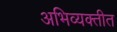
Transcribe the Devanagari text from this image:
अभिव्यक्तीत